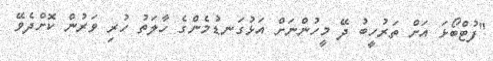
"ފުޓްބޯޅަ އަށް ތަރުހީބު ދޭ މީހުންނަށް އަޅުގަނޑުމެންގެ ހާލަތު ހުރި ވަރުން ކޮށްދެވޭ